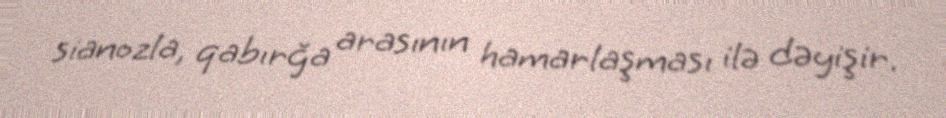
sianozla, qabırğa arasının hamarlaşması ilə dəyişir.